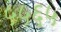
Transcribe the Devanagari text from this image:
५५६५